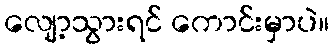
လျော့သွားရင် ကောင်းမှာပဲ။